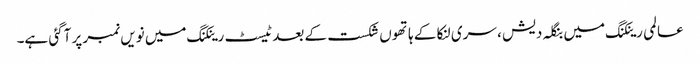
عالمی رینکنگ میں بنگلہ دیش ، سری لنکا کے ہاتھوں شکست کے بعد ٹیسٹ رینکنگ میں نویں نمبر پر آگئی ہے۔